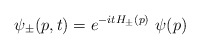
\begin{align*}\psi_\pm (p,t)=e^{-itH_\pm (p)}\ \psi (p)\end{align*}